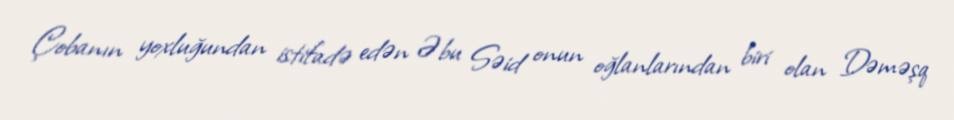
Çobanın yoxluğundan istifadə edən Əbu Səid onun oğlanlarından biri olan Dəməşq